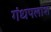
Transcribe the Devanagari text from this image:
गंधपलाश